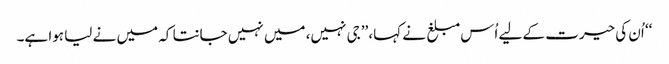
‘‘ اُن کی حیرت کے لیے اُس مبلغ نے کہا، ’’جی نہیں، میں نہیں جانتا کہ میں نے لیا ہوا ہے۔